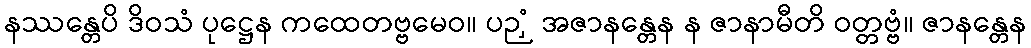
နဿန္တေပိ ဒိဝသံ ပုဋ္ဌေန ကထေတဗ္ဗမေဝ။ ပဉှံ အဇာနန္တေန န ဇာနာမီတိ ဝတ္တဗ္ဗံ။ ဇာနန္တေန